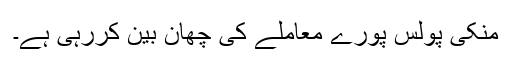
منکی پولس پورے معاملے کی چھان بین کررہی ہے۔